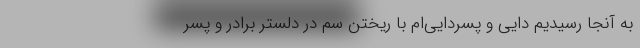
به آنجا رسیدیم دایی و پسردایی‌ام با ریختن سم در دلستر برادر و پسر